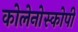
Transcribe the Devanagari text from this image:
कोलेनोस्कोपी